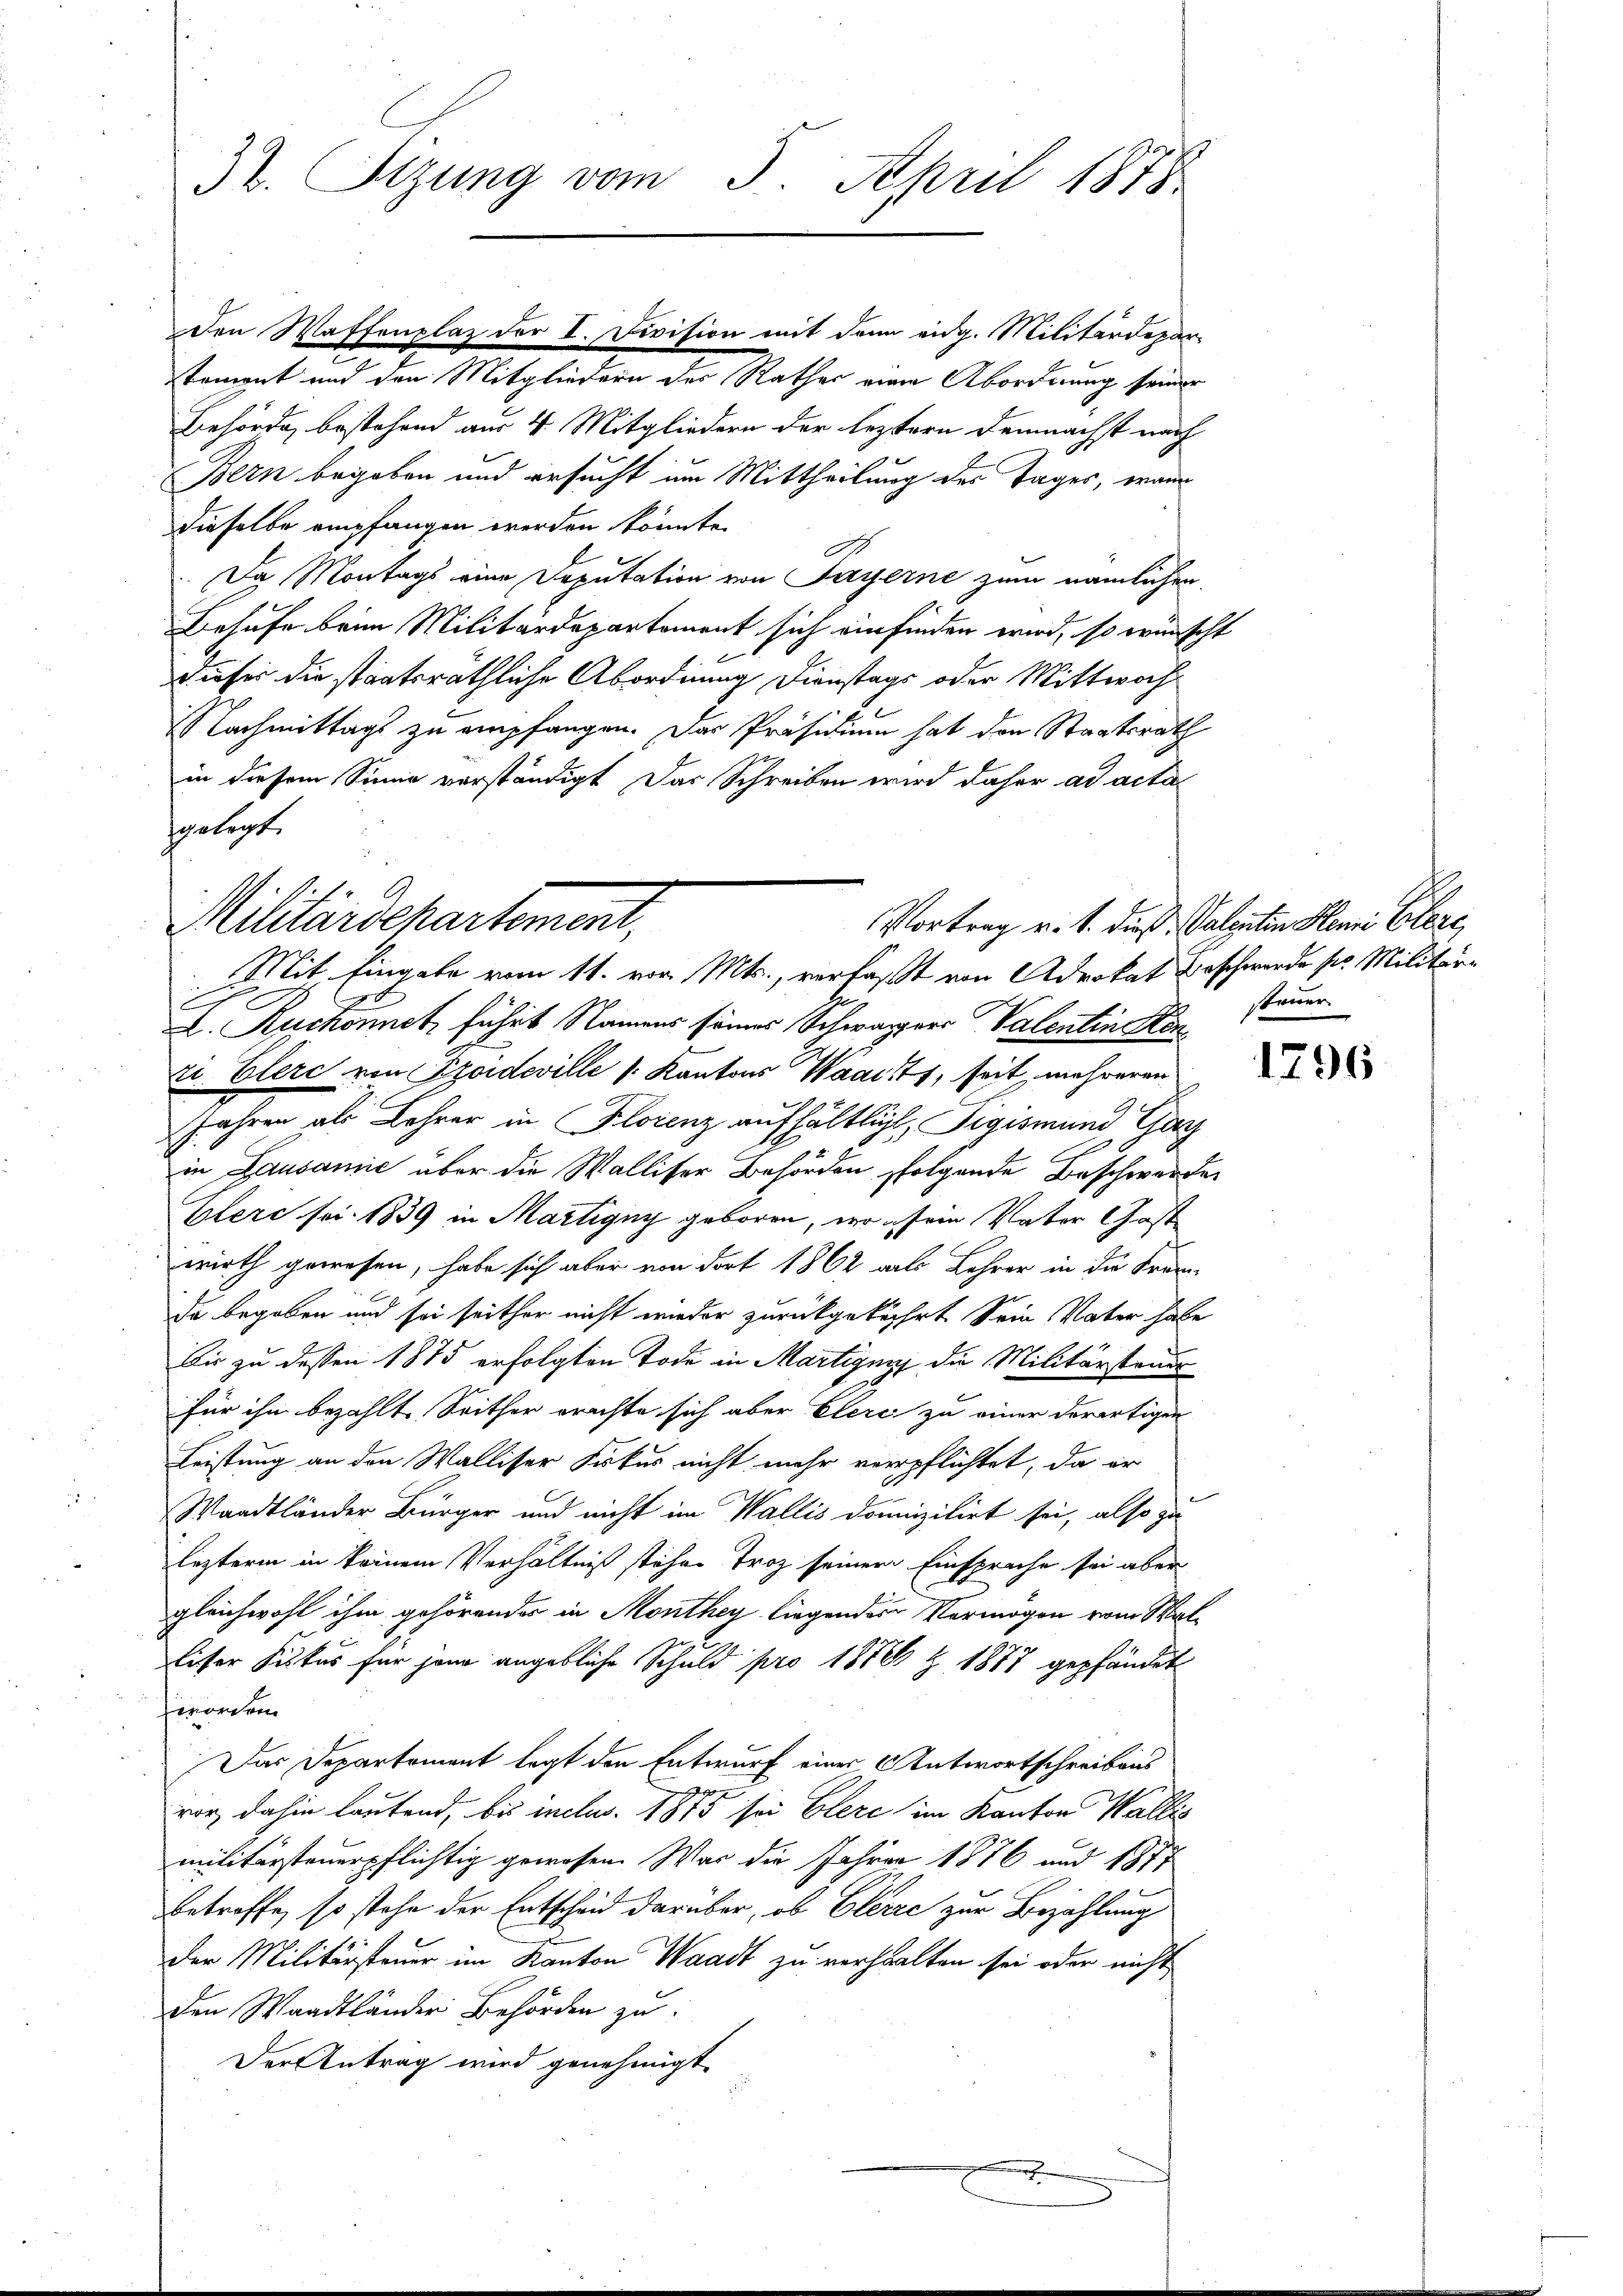
32. Sitzung vom 3. April 1878

Den Waffenplaz der I. Division mit dem eidg. Militärdepartemont und den Mitgliedern des Rathes eine Abordnung seiner

Militärdepartement,
Mit Eingabe vom 11. vor. Mts., verfaßt von Advokat Beschwerde pr. Militär¬

Bern begeben und ersucht um Mittheilung des Tages, wann
dieselbe empfangen werden könnte.
Da Montags eine Deputation von Payerne zum nämlichen
Behufe beim Militärdepartement sich einfinden wird, so wünscht
dieser die staatsräthliche Abordnung Dienstags oder Mittwoch
NNachmittags zu empfangen. Das Präsidium hat den Staatsrath
in diesem Sinne verständigt. Das Schreiben wird daher ad acta
spiligt.
c
L. Auchonnetz führt Namens seines Schwarzers Valentin Konri. Elerc von Szoideville (: Kantons Waadt, seit mehreren
Jahren als Lehrer in Florenz aufhältlicht, Sigismund Gag
in Lausamie über die Walliser Behörden folgende Beschwerden
Elere foi. 1839 in Martigny geboren, wo eser Vater Gastwirth gewesen, habe sich aber von dort 1862 alle Lehrer in die Frande begaben und sei seither nicht wieder zurückgekehrt. Sein Vater habe
bis zu dessen 1875 erfolgten Tode in Martigung die Militärsteuer
für ihn bezahlt. Seither erachte sich aber Elere zu einer derartigen
Leistung an den Walliser Fiskus nicht mehr verpflichtet, da er
Waadtländer Bürger und nicht im Wallis domizilirt sei, also zu
lezterm in keinem Verhältniß stehen Troz seinem Einsprache sei aber
gleichwohl ihm gehörender in Monthey liegendes Vermögen vom Wal¬
Eiser Fiskus für jene angebliche Schuld pro 1870 & 1877 gepfändet
worden.
Das Departement legt den Entwurf eines Antwortschreibens
vor dahin lautend, bis inclus. 1875 sei Elere im Kanton Wallis
militärsteuerpflichtig gewesen. War die Jahren 1876 und 1877
betroffe, so stehe der Entscheid darüber, ob Clerre zur Bezahlung
Der Militärsteuer im Kanton Waadt zu verhalten sei oder nicht
den Waadtländer Behörden zu
Der Antrag wird genehmigt

Behörde, bestehend aus 4 Mitgliedern der leztern demnächst nach

r

Vortrag v. 1. dieß Valenten Henni Elene,
stöner

1796